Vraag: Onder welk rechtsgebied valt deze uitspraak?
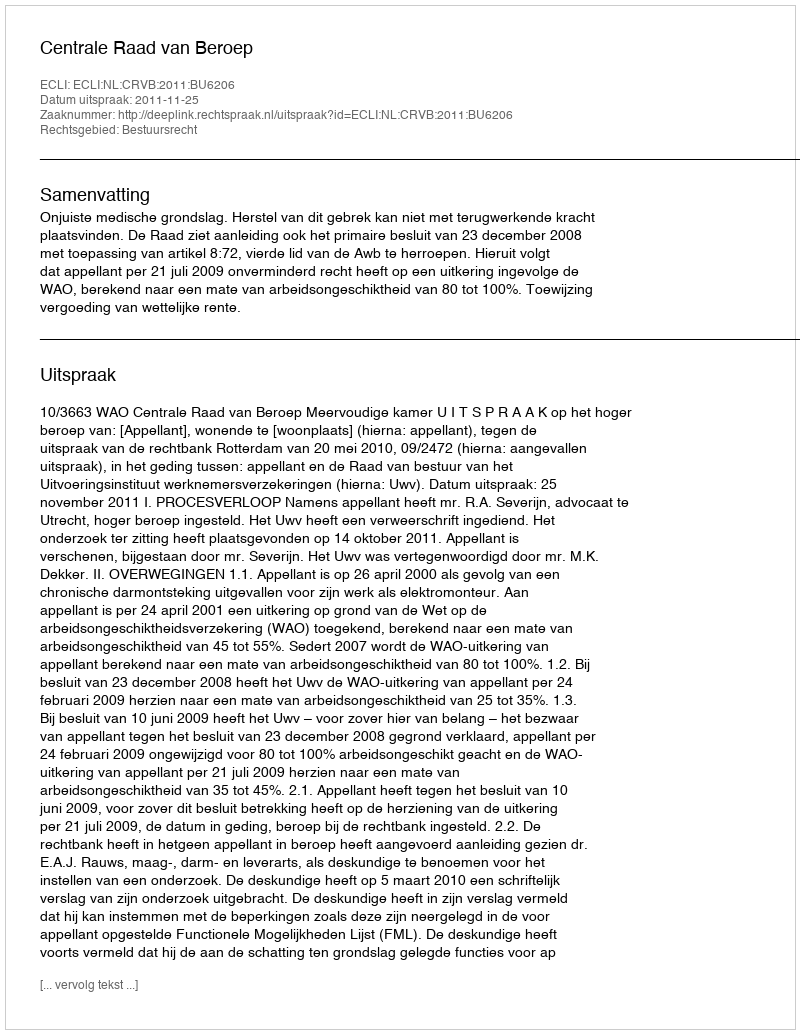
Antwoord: Bestuursrecht